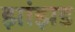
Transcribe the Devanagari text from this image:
झांझड